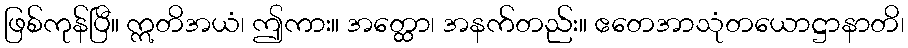
ဖြစ်ကုန်ပြီ။ ဣတိအယံ၊ ဤကား။ အတ္ထော၊ အနက်တည်း။ ဧတေအာသုံတယောဋ္ဌာနာတိ၊